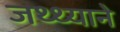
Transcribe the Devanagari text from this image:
जथ्थ्याने